Vaccine operations Central Provinces & Berar 1922-1929 - 1922-1929
Year: 1922
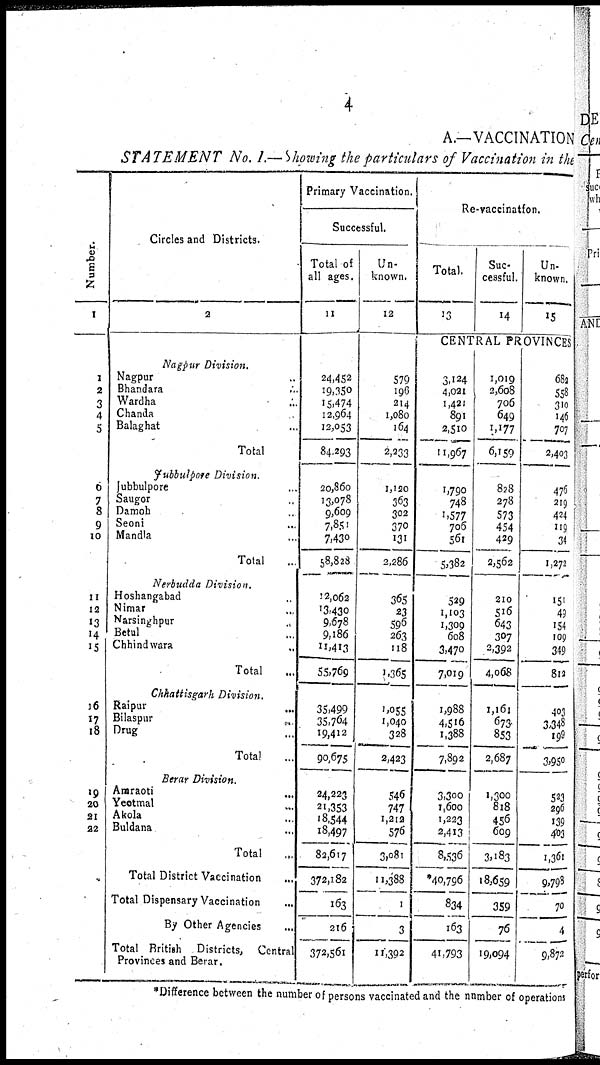
4
A.—VACCINATION
STATEMENT No. I.—Showing the particulars of Vaccination in the
Number.
1
1
2
3
4
5
6
7
8
9
10
11
12
13
14
15
16
17
18
19
20
21
22
Circles and Districts.
2
Nagpur
Division.
Nagpur ...
Bhandara ...
Wardha ...
Chanda ...
Balaghat ...
Total ...
Jubbulpore
Division.
Jubbulpore ...
Saugor ...
Damoh ...
Seoni ...
Mandla ...
Total ...
Nerbudda
Division.
Hoshangabad ...
Nimar ...
Narsinghpur
...
Betul ...
Chhindwara ...
Total ...
Chhattisgarh
Division.
Raipur ...
Bilaspur
...
Drug ...
Total ...
Berar
Division.
Amraoti
...
Yeotmal ...
Akola ...
Buldana ...
Total ...
Total District Vaccination ...
Total Dispensary Vaccination ...
By Other Agencies ...
Total British
Districts,
Central
Provinces and Berar.
Primary Vaccination.
Successful.
Total of
all ages.
11
24,452
19,350
15,474
12,964
12,053
84,293
20,860
13,078
9,609
7,851
7,430
58,828
22,062
13,430
9,678
9,186
11,413
55,769
35,499
35,764
19,412
90,675
24,223
21,353
18,544
18,497
82,617
372,182
163
216
372,561
Un-
known.
12
579
196
214
1,080
164
2,233
1,120
363
302
370
131
2,286
365
23
596
263
118
1,365
1,055
1,040
328
2,423
546
747
1,212
576
3,081
11,388
1
3
11,392
Re-vaccination.
Total.
13
Suc-
cessful.
14
Un-
known.
15
CENTRAL PROVINCES
3,124
4,021
1,421
891
2,510
11,967
1,790
748
1,577
706
561
5,382
529
1,103
1,309
608
3,470
7,019
1,988
4,516
1,388
7,892
3,300
1,600
1,223
2,413
8,536
*40,796
834
163
41,793
1,019
2,608
706
649
1,177
6,159
828
278
573
454
429
2,562
210
516
643
307
2,392
4,068
1,161
673
853
2,687
1,300
818
456
609
3,183
18,659
359
76
19,094
682
558
310
146
707
2,403
476
219
424
119
34
1,272
151
49
154
109
349
812
403
3,348
199
3,950
523
296
139
403
1,361
9,798
70
4
9,872
*Difference between the number of persons vaccinated and the number of operations